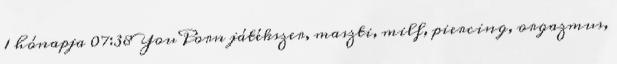
1 hónapja 07:38 YouPorn játékszer, maszti, milf, piercing, orgazmus,